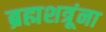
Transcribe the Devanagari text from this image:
ब्रह्मशत्रूंना